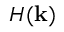
H ( \mathbf { k } )